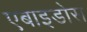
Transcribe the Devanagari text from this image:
एबाइडोस